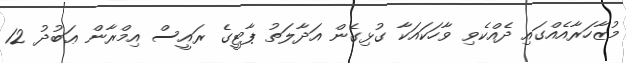
މުޒާހަރާއެއްގައި ދެއްކެވި ވާހަކައަކާ ގުޅިގެން އަދާލަތު ޕާޓީގެ ރައީސް އިމްރާން ޢަބުދު 12